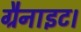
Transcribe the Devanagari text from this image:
ग्रैनाइट।